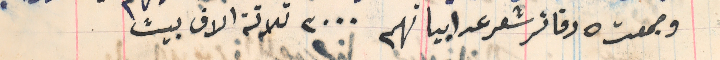
وجمعت ٥ دفاتر شعر عرابيا فهم ٣٠٠٠ ثلاثة الاف بيت